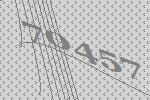
70457